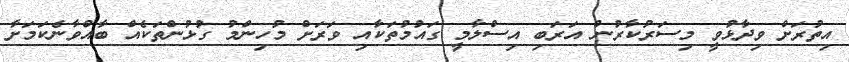
އިތުރަށް ވިދާޅުވީ މިސަރުކާރުން އަރަބި އިސްލާމީ ގައުމުތަކާއި ވަރަށް މުހިންމު ގުޅުންތަކެއް ބާއްވާނެކަމަށާ